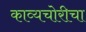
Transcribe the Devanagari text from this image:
काव्यचोरीचा